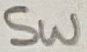
Text: SW